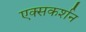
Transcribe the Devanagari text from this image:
एक्सकर्शन